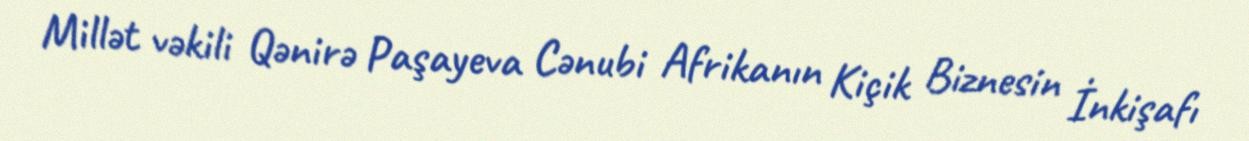
Millət vəkili Qənirə Paşayeva Cənubi Afrikanın Kiçik Biznesin İnkişafı